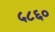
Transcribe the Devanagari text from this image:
५८६०